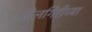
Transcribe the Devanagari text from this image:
दिलगिरीच्या